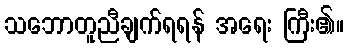
သဘောတူညီချက်ရရန် အရေး ကြီး၏။